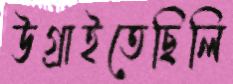
উগ্‌রাইতেছিলি